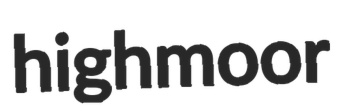
highmoor